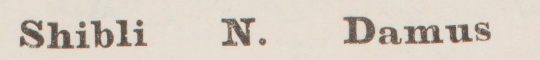
Shibli N. Damus